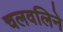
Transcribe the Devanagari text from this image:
चलवलिने